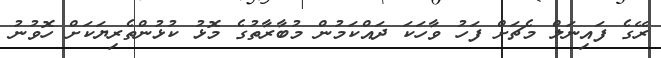
ރޭގެ ފައިނަލް މެޗަށް ފަހު ވާހަކަ ދައްކަމުން މުބާރާތުގެ މޮޅު ކުޅުންތެރިޔަކަށް ހޮވުނު